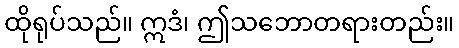
ထိုရုပ်သည်။ ဣဒံ၊ ဤသဘောတရားတည်း။